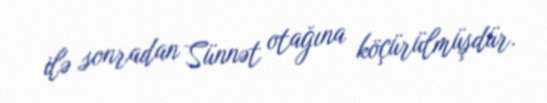
ilə sonradan Sünnət otağına köçürülmüşdür.